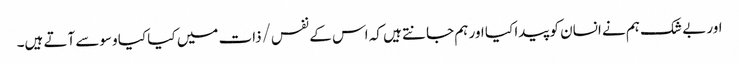
اور بے شک ہم نے انسان کو پیدا کیا اور ہم جانتے ہیں کہ اس کے نفس/ذات میں کیا کیا وسوسے آتے ہیں۔